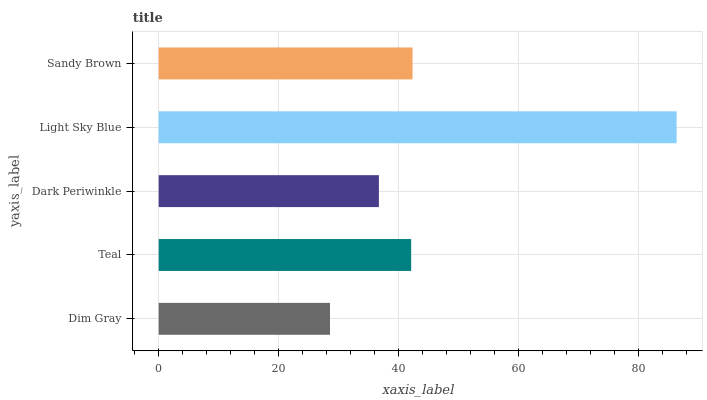
| yaxis_label | bars |
 | --- | --- |
 | Dim Gray | 28.6 |
 | Teal | 42.1 |
 | Dark Periwinkle | 36.7 |
 | Light Sky Blue | 86.3 |
 | Sandy Brown | 42.3 |